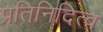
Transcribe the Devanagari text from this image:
प्रतिनिदित्व